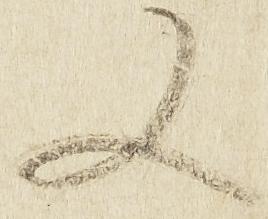
又